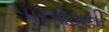
પરપોટાની